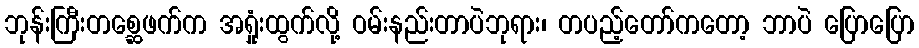
ဘုန်းကြီးတစ္ဆေဖက်က အရှုံးထွက်လို့ ဝမ်းနည်းတာပဲဘုရား၊ တပည့်တော်ကတော့ ဘာပဲ ပြောပြော